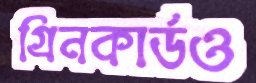
গ্রিনকার্ডও